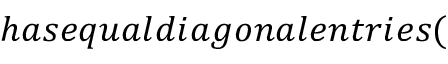
h a s e q u a l d i a g o n a l e n t r i e s (